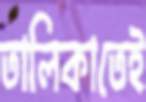
তালিকাতেই